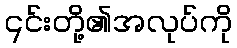
၎င်းတို့၏အလုပ်ကို